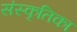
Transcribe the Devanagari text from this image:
संस्कृतिका